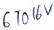
Text: C700V